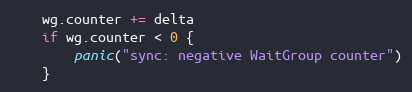
Language: Go
	wg.counter += delta
	if wg.counter < 0 {
		panic("sync: negative WaitGroup counter")
	}